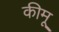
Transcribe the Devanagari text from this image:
कीमू